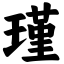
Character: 瑾